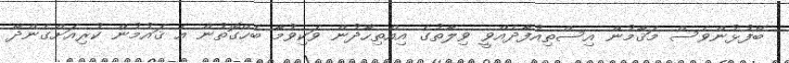
ބޭފުޅުންވެސް މަޤާމުން އިސްތިއުފާދެއްވީ ވިލާތުގެ އިއްތިހާދުން ވަކިވުމާ ބެހޭގޮތުން އެ ޤައުމުން ކުރިއަށްގެންދާ